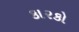
કારકો